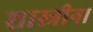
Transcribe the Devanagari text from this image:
शास्त्रीना